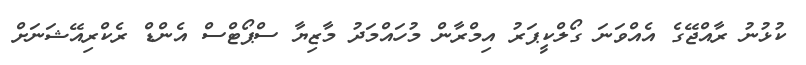
ކުޅުނު ރާއްޖޭގެ އެއްވަނަ ގޯލްކީޕަރު އިމްރާން މުހައްމަދު މާޒިޔާ ސްޕޯޓްސް އެންޑް ރެކްރިއޭޝަނަށް